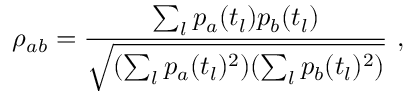
\rho _ { a b } = \frac { \sum _ { l } p _ { a } ( t _ { l } ) p _ { b } ( t _ { l } ) } { \sqrt { ( \sum _ { l } p _ { a } ( t _ { l } ) ^ { 2 } ) ( \sum _ { l } p _ { b } ( t _ { l } ) ^ { 2 } ) } } \ ,